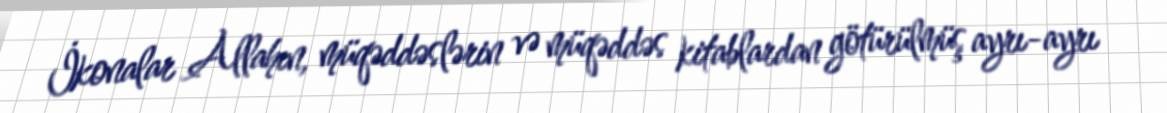
İkonalar Allahın, müqəddəslərin və müqəddəs kitablardan götürülmüş ayrı-ayrı